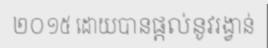
២០១៥ ដោយបានផ្តល់នូវរង្វាន់